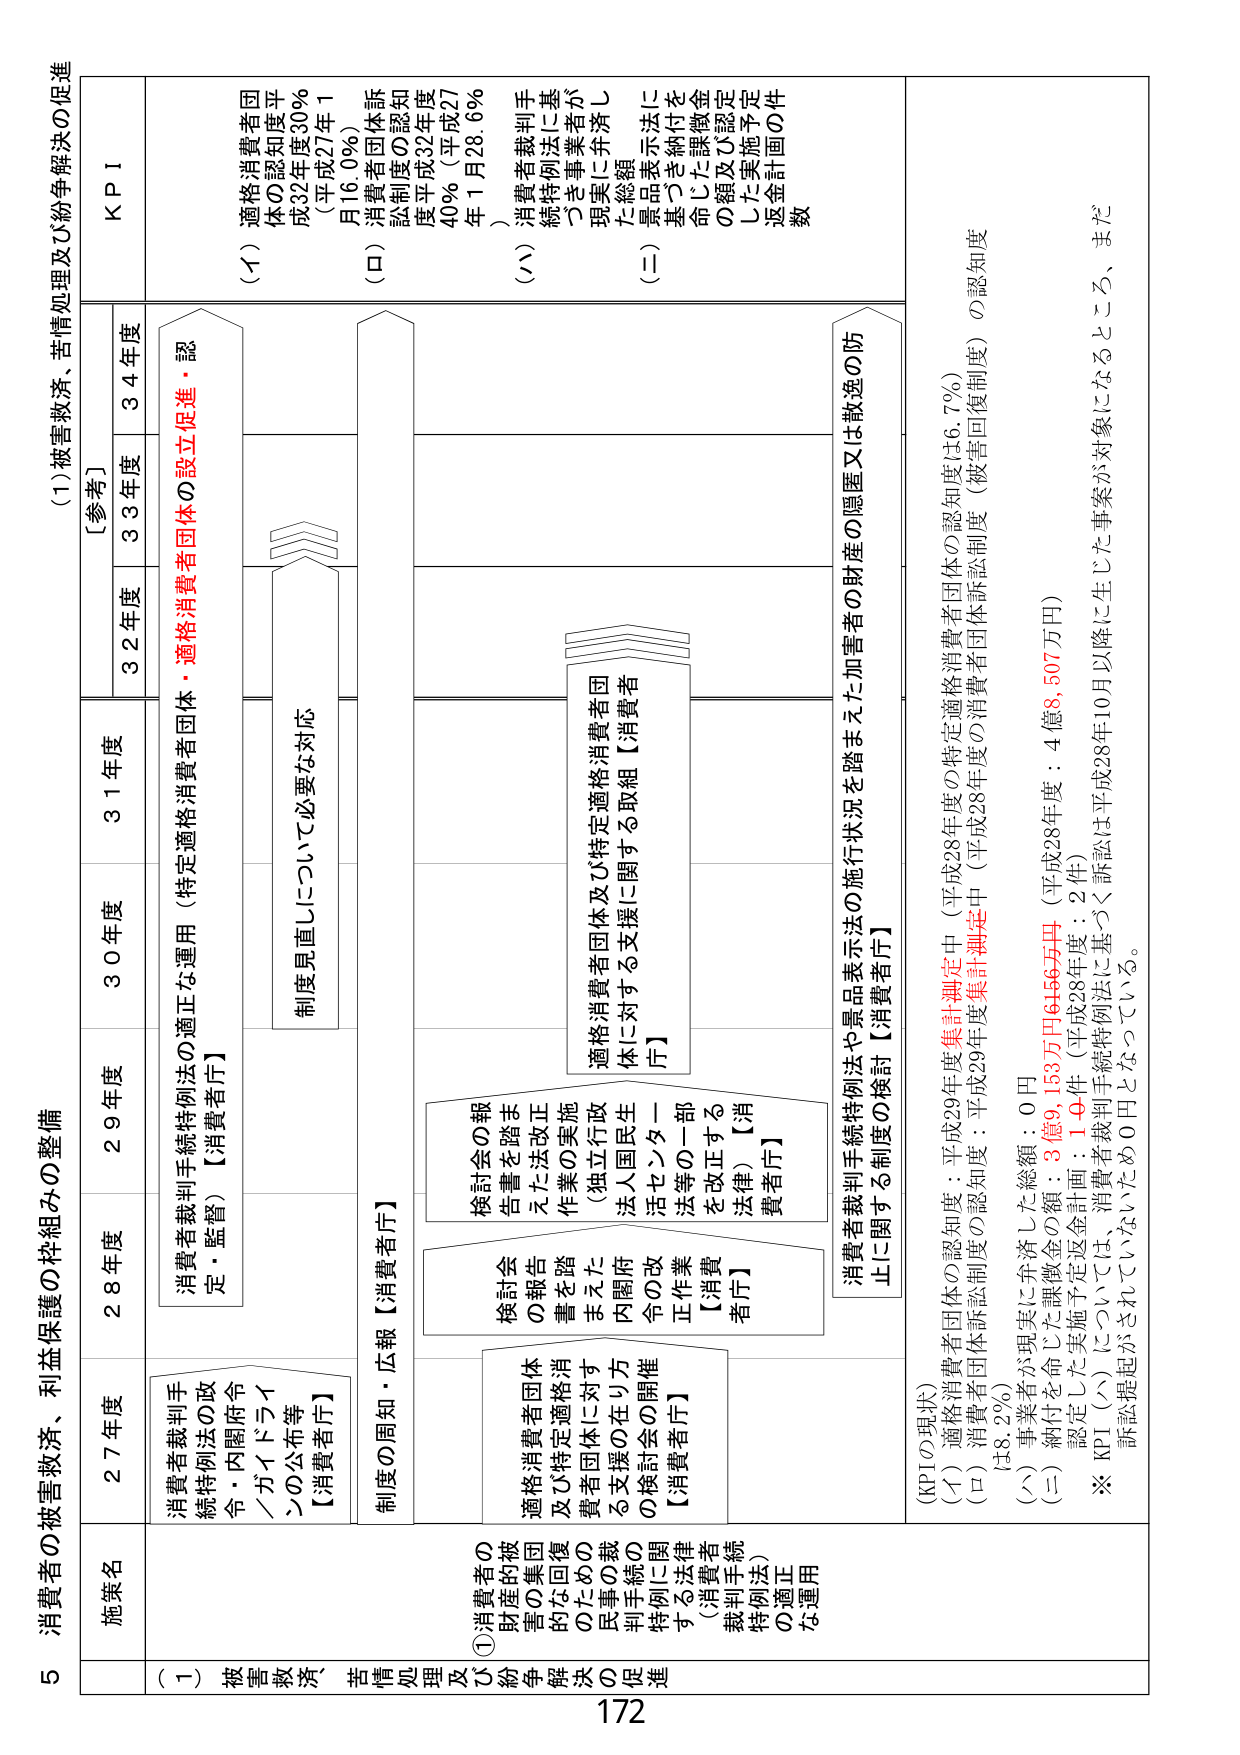
5 消費者の被害救済、利益保護の枠組みの整備

(1) 被害救済、苦情処理及び紛争解決の促進

【参考】
KPI

施策名
27年度
28年度
29年度
30年度
31年度
32年度
33年度
34年度

(一) 被害救済、苦情処理及び紛争解決の促進
①消費者の財産的・精神的被害の回復のための民事的救済手段の利用を促進する法律（消費者裁判手続特例法）の適正な運用

消費者裁判手続特例法の改正・内閣府令・ガイドラインの公布等【消費者庁】
消費者裁判手続特例法の適正な運用（特定適格消費者団体の設立促進・認定・監督）【消費者庁】
制度の周知・広報【消費者庁】
適格消費者団体及び特定適格消費者団体に対する支援の開催の検討会【消費者庁】
検討会の報告書を踏まえた内閣府令の改正作業【消費者庁】
検討会の報告書を踏まえた法改正作業の実施（独立行政法人国民生活センター法等の一部を改正する法律）【消費者庁】
適格消費者団体及び特定適格消費者団体に対する支援に関する取組【消費者庁】
消費者裁判手続特例法や景品表示法の施行状況を踏まえた加害者の財産の隠匿又は散逸の防止に関する制度の検討【消費者庁】

(KPIの現状)
(イ) 適格消費者団体の認知度：平成29年度集計測定中（平成28年度の特定適格消費者団体の認知度は6.7%）
(ロ) 消費者団体訴訟制度の認知度：平成29年度集計測定中（平成28年度の消費者団体訴訟制度（被害回復制度）の認知度は8.2%）
(ハ) 事業者が現実に弁済した総額：0円
(二) 納付を命じた課徴金の額：3億9,153万円46456万円（平成28年度：4億8,507万円）
認定した実施予定返金計画：14件（平成28年度：2件）
※ KPI（ハ）については、消費者裁判手続特例法に基づく訴訟は平成28年10月以降に生じた事案が対象になるところ、まだ訴訟提起がされていないため0円となっている。

(イ) 適格消費者団体の認知度平成32年度30%（平成27年1月16.0%）
(ロ) 消費者団体訴訟制度の認知度平成32年度40%（平成27年1月28.6%）
(ハ) 消費者裁判手続特例法に基づく事業者が現実に弁済した総額
(二) 景品表示法に基づき納付を命じた課徴金の額及び認定した実施予定返金計画の件数

172